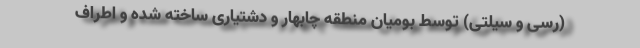
(رسی و سیلتی) توسط بومیان منطقه چابهار و دشتیاری ساخته شده و اطراف